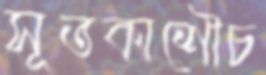
সূতকাশৌচ